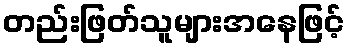
တည်းဖြတ်သူများအနေဖြင့်